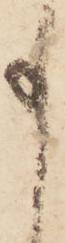
事